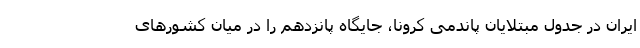
ایران در جدول مبتلایان پاندمی کرونا، جایگاه پانزدهم را در میان کشورهای